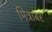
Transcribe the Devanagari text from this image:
मित्राबर